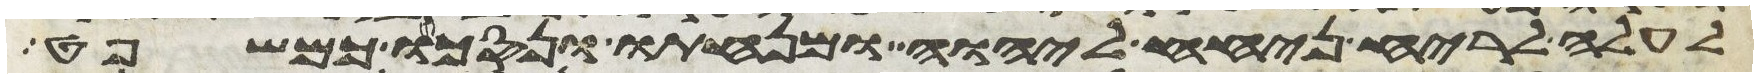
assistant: לעלה לריח ניחח ליהוה ומנחתו ונסכו כמשפט